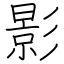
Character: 影